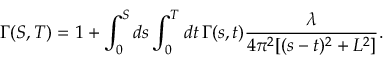
\Gamma ( S , T ) = 1 + \int _ { 0 } ^ { S } d s \int _ { 0 } ^ { T } d t \, \Gamma ( s , t ) \frac { \lambda } { 4 \pi ^ { 2 } [ ( s - t ) ^ { 2 } + L ^ { 2 } ] } .